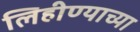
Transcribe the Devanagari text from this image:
लिहीण्याच्या